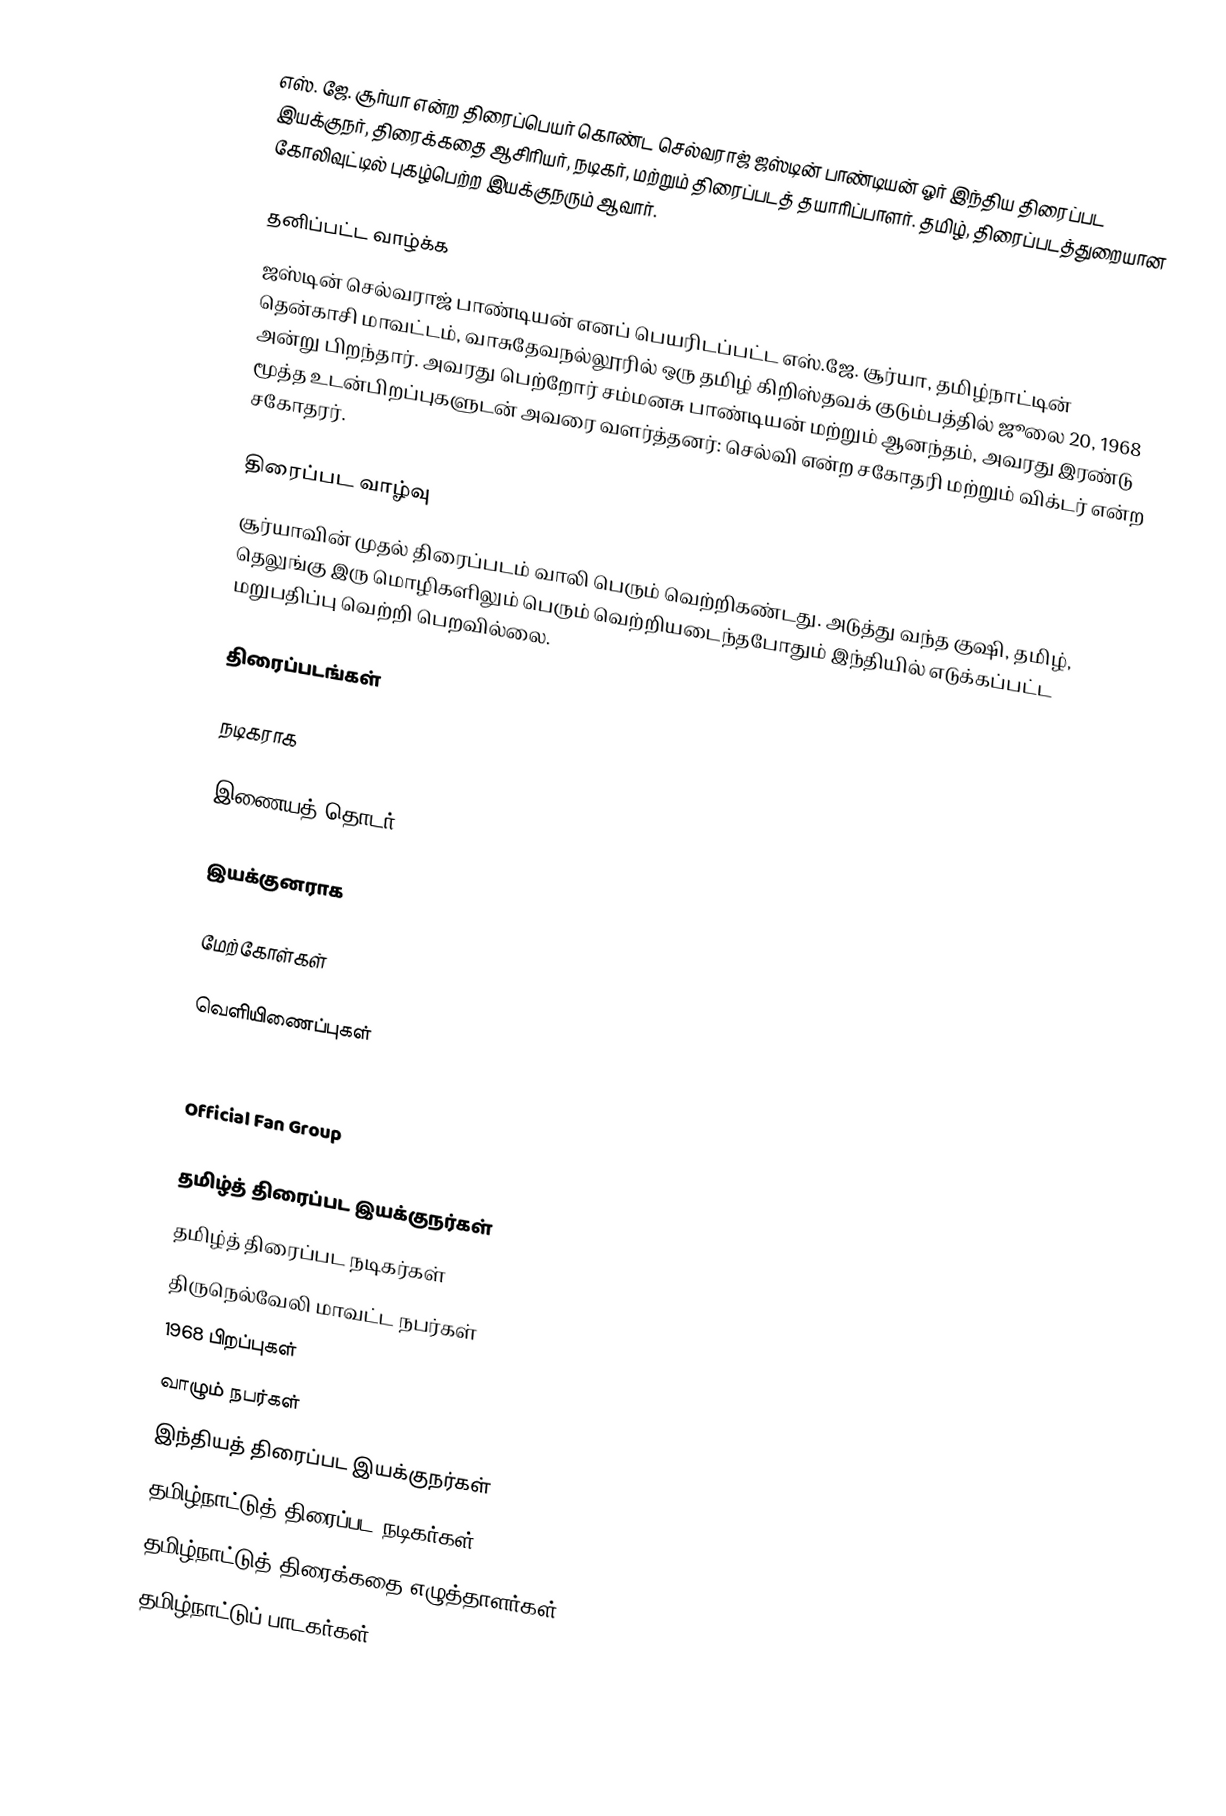
எஸ். ஜே. சூர்யா என்ற திரைப்பெயர் கொண்ட செல்வராஜ் ஜஸ்டின் பாண்டியன் ஓர்  இந்திய  திரைப்பட இயக்குநர்,  திரைக்கதை ஆசிரியர்,  நடிகர்,  மற்றும் திரைப்படத் தயாரிப்பாளர். தமிழ், திரைப்படத்துறையான கோலிவுட்டில் புகழ்பெற்ற இயக்குநரும் ஆவார்.

தனிப்பட்ட வாழ்க்க
ஜஸ்டின் செல்வராஜ் பாண்டியன் எனப் பெயரிடப்பட்ட எஸ்.ஜே. சூர்யா, தமிழ்நாட்டின் தென்காசி மாவட்டம், வாசுதேவநல்லூரில் ஒரு தமிழ் கிறிஸ்தவக் குடும்பத்தில் ஜூலை 20, 1968 அன்று பிறந்தார். அவரது பெற்றோர் சம்மனசு பாண்டியன் மற்றும் ஆனந்தம், அவரது இரண்டு மூத்த உடன்பிறப்புகளுடன் அவரை வளர்த்தனர்: செல்வி என்ற சகோதரி மற்றும் விக்டர் என்ற சகோதரர்.

திரைப்பட வாழ்வு
சூர்யாவின் முதல் திரைப்படம் வாலி பெரும் வெற்றிகண்டது. அடுத்து வந்த குஷி, தமிழ், தெலுங்கு இரு மொழிகளிலும் பெரும் வெற்றியடைந்தபோதும்  இந்தியில் எடுக்கப்பட்ட மறுபதிப்பு வெற்றி பெறவில்லை.

திரைப்படங்கள்

நடிகராக

இணையத் தொடர்

இயக்குனராக

மேற்கோள்கள்

வெளியிணைப்புகள்

 "Ah Ahh" movie's official website
 Official Fan Group

தமிழ்த் திரைப்பட இயக்குநர்கள்
தமிழ்த் திரைப்பட நடிகர்கள்
திருநெல்வேலி மாவட்ட நபர்கள்
1968 பிறப்புகள்
வாழும் நபர்கள்
இந்தியத் திரைப்பட இயக்குநர்கள்
தமிழ்நாட்டுத் திரைப்பட நடிகர்கள்
தமிழ்நாட்டுத் திரைக்கதை எழுத்தாளர்கள்
தமிழ்நாட்டுப் பாடகர்கள்